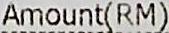
AMOUNT(RM)